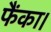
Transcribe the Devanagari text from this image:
फैंका।